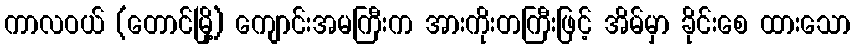
ကာလဝယ် (တောင်မြို့) ကျောင်းအမကြီးက အားကိုးတကြီးဖြင့် အိမ်မှာ ခိုင်းစေ ထားသော